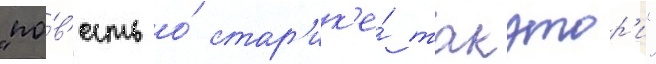
"по́в'есть о́ стар'ик'е́ такэтор'и"